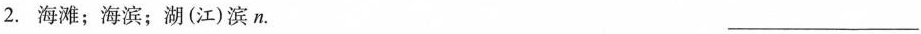
2.海滩；海滨；湖(江)滨n. ___